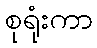
စုရုံးကာ